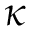
\kappa